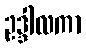
ဥဒ္ဒါလကာ